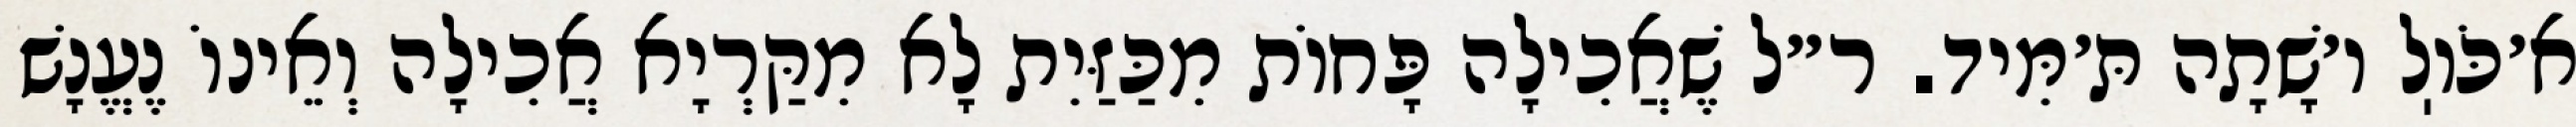
א׳כֹּוֽל ו׳שָׁתָה תּ׳מִּיד. ר״ל שֶׁאֲכִילָה פָּחוֹת מִכַּזַּיִת לָא מִקַּרְיָא אֲכִילָה וְאֵינוֹ נֶעֱנָשׁ